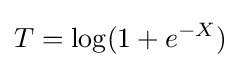
T=\log(1+e^{-X})